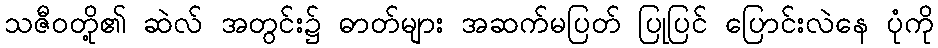
သဇီဝတို့၏ ဆဲလ် အတွင်း၌ ဓာတ်များ အဆက်မပြတ် ပြုပြင် ပြောင်းလဲနေ ပုံကို